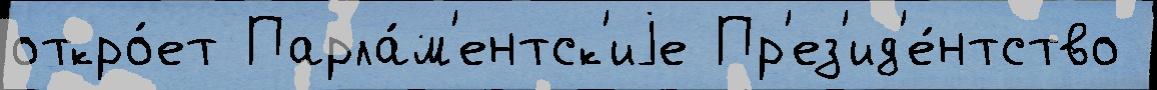
откро́ет Парла́м'ентск'иjе Пр'ез'ид'е́нтство